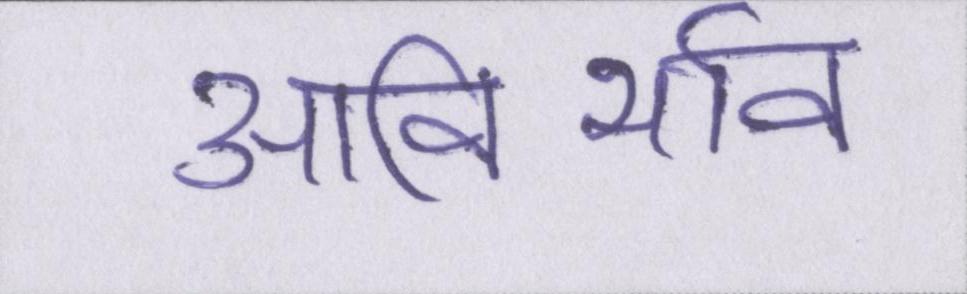
आविर्भाव